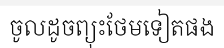
ចូលដូចព្យុះថែមទៀតផង